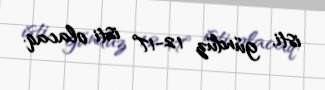
isti, gündüz 12-17° isti olacaq.